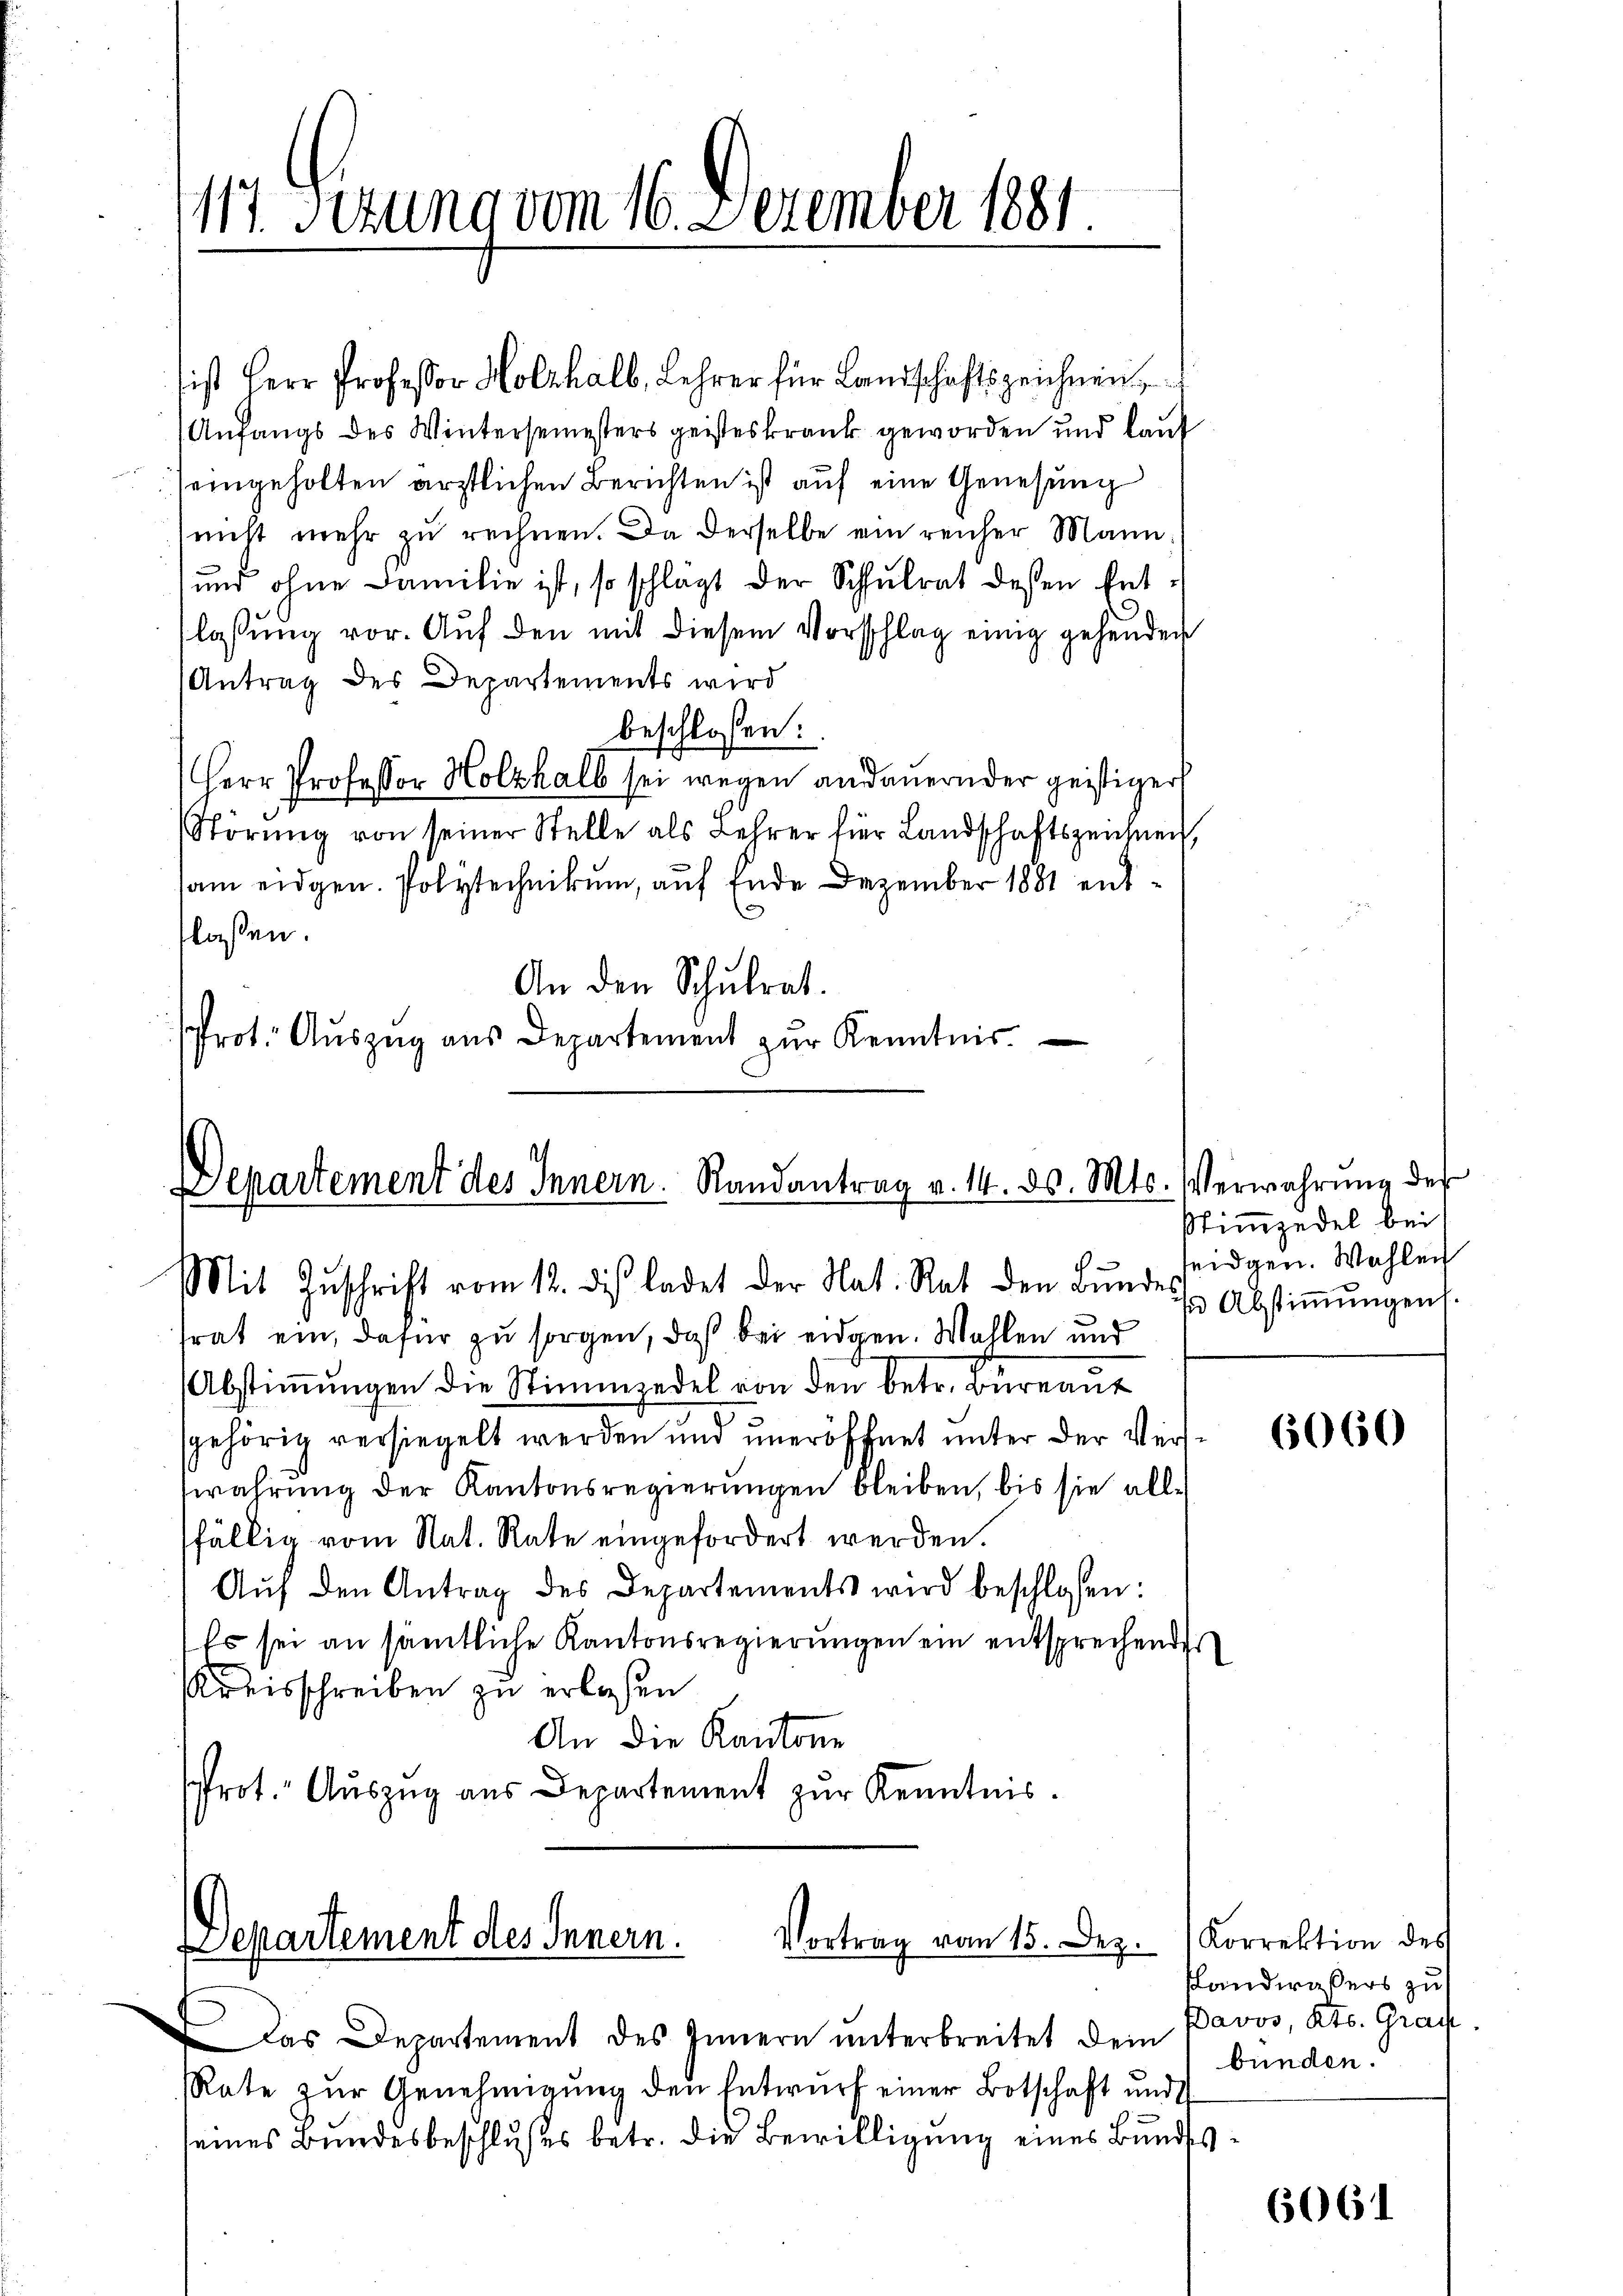
117. Sezung vom 16. Dezember 1881

ist Herr Professor Holzhalb, Lehrer für Landschaftszeichnen,
Anfangs des Wintersemesters geisteskrank geworden und lauf
seingeholten ärztlichen Berichten ist aŭf eine Genesung
(nicht mehr zu rechnen. Da derselbe ein reicher Mann
und ohne Familie ist, so schlägt der Schulrat dessen Entflassŭng vor. Aŭf den mit diesem Vorschlag einig gehenden
Antrag des Departements wird
beschlossen:
Herr Professor Holzhalb sei wegen andauernder geistiger
Störung von seiner Stelle als Lehrer für Landschaftszeichnen,
sam eidgen. Polytechnikum, auf Ende Dezember 1881 entlassen.
An den Schulrat.
rot. Aŭszŭg ans Departement zŭr Kenntnis.

Departement des Innern. Randantrag v. 14. ds. Mts. Verwahrŭng des
Mit Zŭschrift vom 12. des ladet der Nat. Rat den Bŭndes

Departement des Innern.
Vortrag vom 15. Dez.

das Departement des Innern ŭnterbreitet dem Pavos, Kts. Graf.
Rate zŭr Genehmigŭng den Entwŭrf einer Botschaft und
seines Bundesbeschlußes betr. die Bewilligung eines Bundes

Stimmzedel bei
seidgen. Wahlen
s Abstimmungen.

srat ein, dafür zu sorgen, daß bei eidgen. Wahlen und
Abstiṁŭngen die Stimmzedel von den betr. Büreaŭt
gehörig versiegelt werden und uneröffnet unter der Verswahrung der Kantonsregierungen bleiben, bis sie allfällig vom Nat. Rate eingefordert werden.
Aŭf den Antrag des Departements wird beschlossen:
Es sei an sämtliche Kantonsregierungen ein entsprechendes
Kreisschreiben zu erlassen
An die Kantone
rot. Auszug aus Departement zŭr Kenntnis.

6060

Korrektion des
slandwaßers zu
bunden.

6061